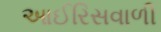
આઈરિસવાળી